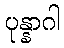
ပုန္နာဂါ